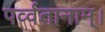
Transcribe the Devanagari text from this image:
पर्व्वतानाम्।